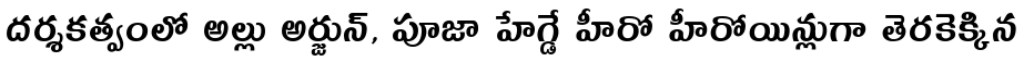
దర్శకత్వంలో అల్లు అర్జున్, పూజా హేగ్డే హీరో హీరోయిన్లుగా తెరకెక్కిన